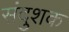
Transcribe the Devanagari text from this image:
संदुशक